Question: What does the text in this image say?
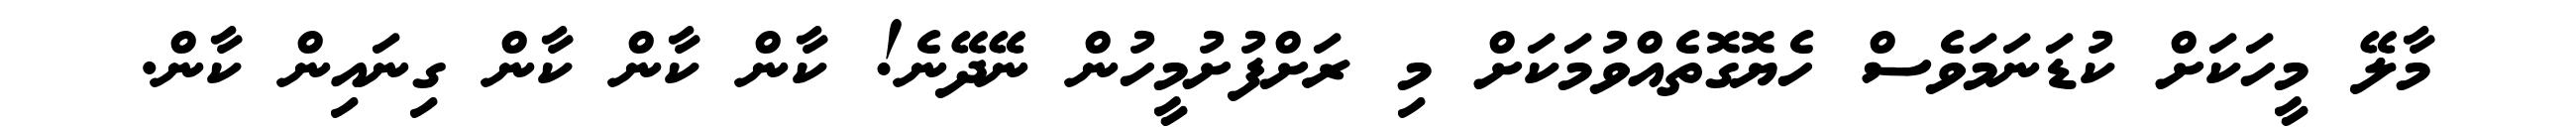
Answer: މާލޭ މީހަކަށް ކުޑަނަމަވެސް ހެޔޮގޮތެއްވުމަކަށް މި ރަށްފުށުމީހުން ނޭދޭނެ! ކާން ކާން ކާން ގިނައިން ކާން.